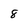
Character: 8